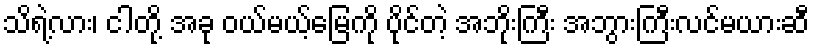
သိရဲ့လား၊ ငါတို့ အခု ဝယ်မယ့်မြေကို ပိုင်တဲ့ အဘိုးကြီး အဘွားကြီးလင်မယားဆီ